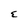
Character: E